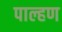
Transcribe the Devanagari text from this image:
पाल्हण